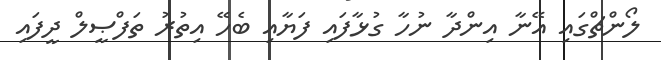
ލޯންޗްގައި އޭނާ އިންދާ ނުހާ ގުޅާފައި ފަޔާއި ބެހޭ އިތުރު ތަފްޞީލް ދީފައި